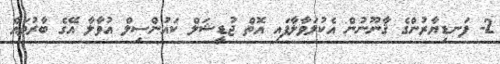
2- ފަނޑިޔާރުންގެ ޤާނޫނުން އެކުލަވާލާފައި އޮތް ޖުޑީޝަލް ކައުންސިލް އުވާލާ އޭގެ ބާރުތައް